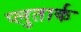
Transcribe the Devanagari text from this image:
प्लुतार्क